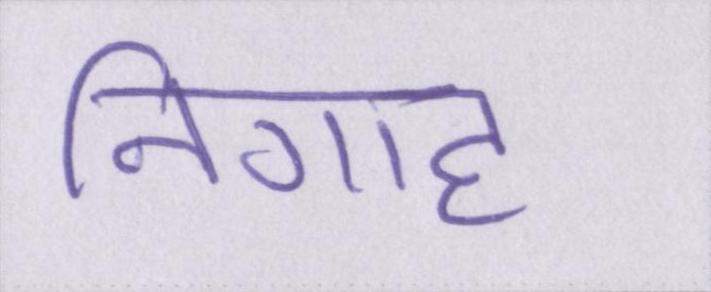
निगाह